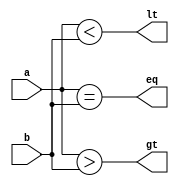
module comparator (
    input [31:0] a,
    input [31:0] b,
    output eq,
    output gt,
    output lt
);

// Compare each bit of the two input vectors
assign eq = &((a == b));
assign gt = &((a > b));
assign lt = &((a < b));

endmodule